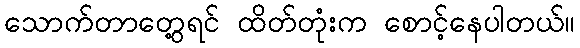
သောက်တာတွေ့ရင် ထိတ်တုံးက စောင့်နေပါတယ်။